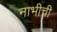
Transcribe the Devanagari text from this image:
नाभीची